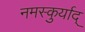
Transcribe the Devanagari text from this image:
नमस्कुर्याद्